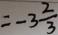
= - 3 \frac { 2 } { 3 }